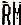
RM